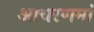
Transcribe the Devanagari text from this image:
आचरणमां